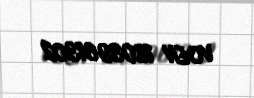
VOEN 1803961302